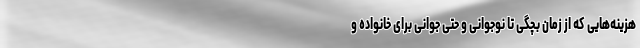
هزینه‌هایی که از زمان بچگی تا نوجوانی و حتی جوانی برای خانواده و